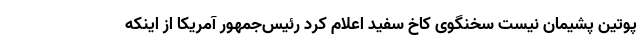
پوتین پشیمان نیست سخنگوی کاخ سفید اعلام کرد رئیس‌جمهور آمریکا از اینکه